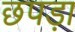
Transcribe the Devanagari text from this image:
छपड़ा